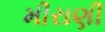
મીરાણી